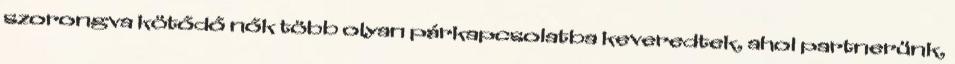
szorongva kötődő nők több olyan párkapcsolatba keveredtek, ahol partnerünk,